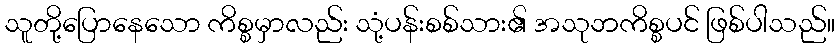
သူတို့ပြောနေသော ကိစ္စမှာလည်း သုံ့ပန်းစစ်သား၏ အသုဘကိစ္စပင် ဖြစ်ပါသည်။